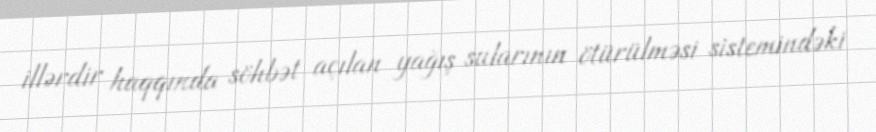
illərdir haqqında söhbət açılan yağış sularının ötürülməsi sistemindəki